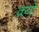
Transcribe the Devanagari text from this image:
क्यॉ